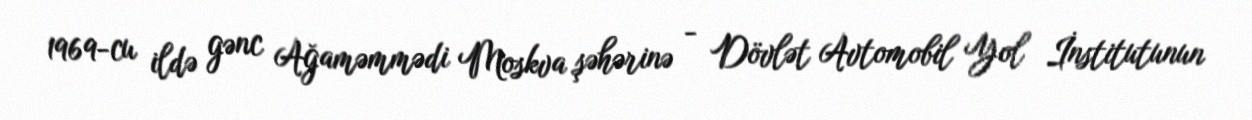
1969-cu ildə gənc Ağaməmmədi Moskva şəhərinə - Dövlət Avtomobil Yol İnstitutunun